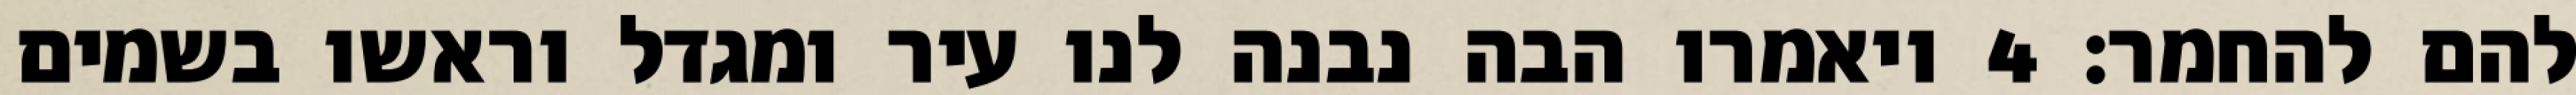
להם להחמר׃ ‎4‏ ויאמרו הבה נבנה לנו עיר ומגדל וראשו בשמים